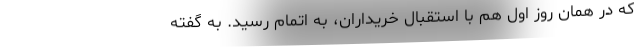
که در همان روز اول هم با استقبال خریداران، به اتمام رسید. به گفته